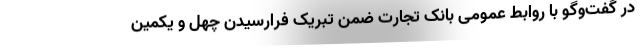
در گفت‌وگو با روابط عمومی بانک تجارت ضمن تبریک فرارسیدن چهل و یکمین